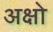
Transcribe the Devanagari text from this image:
अक्षो